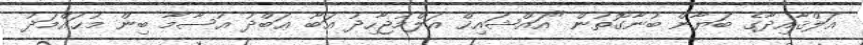
އަލްޤާއިދާގެ ބަޔާން ބުނާގޮތުން "އައްޝައިޚް އަލްމުޖާހިދު އަބޫ ޢަބްދު އުސާމާ ބިން މުޙައްމަދު